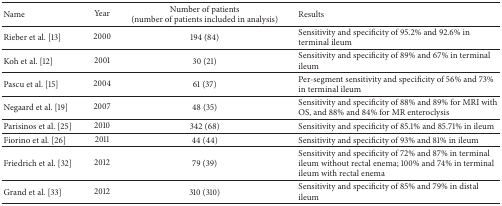
| Name | Year | Number of patients (number of patients included in analysis) | Results |
 | --- | --- | --- | --- |
 | Rieber et al. [13] | 2000 | 194 (84) | Sensitivity and specificity of 95.2% and 92.6% in terminal ileum |
 | Koh et al. [12] | 2001 | 30 (21) | Sensitivity and specificity of 89% and 67% in terminal ileum |
 | Pascu et al. [15] | 2004 | 61 (37) | Per-segment sensitivity and specificity of 56% and 73% in terminal ileum |
 | Negaard et al. [19] | 2007 | 48 (35) | Sensitivity and specificity of 88% and 89% for MRI with OS, and 88% and 84% for MR enteroclysis |
 | Parisinos et al. [25] | 2010 | 342 (68) | Sensitivity and specificity of 85.1% and 85.71% in ileum |
 | Fiorino et al. [26] | 2011 | 44 (44) | Sensitivity and specificity of 93% and 81% in ileum |
 | Friedrich et al. [32] | 2012 | 79 (39) | Sensitivity and specificity of 72% and 87% in terminal ileum without rectal enema; 100% and 74% in terminal ileum with rectal enema |
 | Grand et al. [33] | 2012 | 310 (310) | Sensitivity and specificity of 85% and 79% in distal ileum |